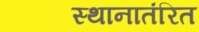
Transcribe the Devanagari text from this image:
स्थानातंरित